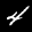
Label: 4